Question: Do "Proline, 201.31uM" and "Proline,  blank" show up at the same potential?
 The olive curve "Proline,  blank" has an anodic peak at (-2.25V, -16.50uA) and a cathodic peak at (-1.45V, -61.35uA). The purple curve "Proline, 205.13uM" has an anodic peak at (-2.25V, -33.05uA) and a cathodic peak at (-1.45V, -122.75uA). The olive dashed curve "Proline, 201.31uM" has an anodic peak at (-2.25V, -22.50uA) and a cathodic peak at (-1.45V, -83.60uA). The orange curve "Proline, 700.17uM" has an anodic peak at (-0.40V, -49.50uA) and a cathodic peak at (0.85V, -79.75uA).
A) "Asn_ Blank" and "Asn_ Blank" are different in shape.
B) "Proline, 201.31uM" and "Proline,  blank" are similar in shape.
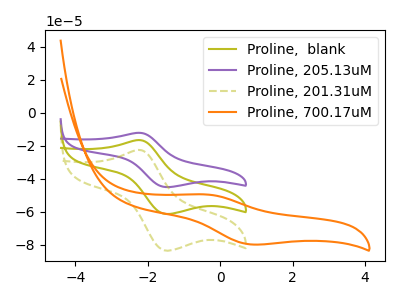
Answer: <think>All the peaks in "Proline, 201.31uM" have a peak in "Proline,  blank" at the same potential.
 </think>
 <answer>B) "Proline, 201.31uM" and "Proline,  blank" are similar in shape.</answer>
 <eval>B</eval>